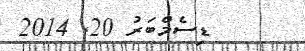
ޑިސެމްބަރު 20